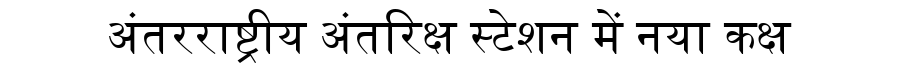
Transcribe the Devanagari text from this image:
अंतरराष्ट्रीय अंतरिक्ष स्टेशन में नया कक्ष